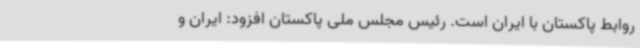
روابط پاکستان با ایران است. رئیس مجلس ملی پاکستان افزود: ایران و